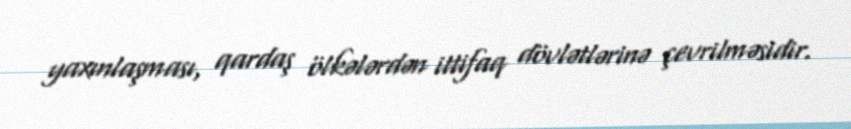
yaxınlaşması, qardaş ölkələrdən ittifaq dövlətlərinə çevrilməsidir.